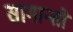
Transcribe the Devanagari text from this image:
सामान्तो